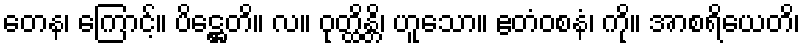
တေန၊ ကြောင့်။ ပိဋ္ဌေတိ။ လ။ ဝုတ္ထိန္တိ၊ ဟူသော။ ဧတံဝစနံ၊ ကို။ အာစရိယေတိ၊